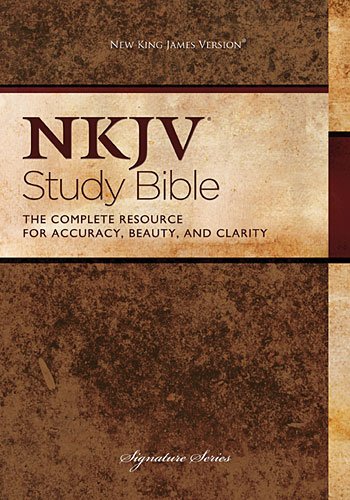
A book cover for The NKJV Study Bible: Second Edition; Thomas Nelson; Christian Books & Bibles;